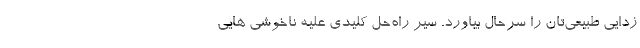
‌زدایی طبیعی‌تان را سرحال بیاورد. سیر راه‌حل کلیدی علیه ناخوشی هایی